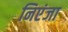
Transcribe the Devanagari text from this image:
निएंजा